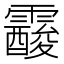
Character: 𩆑